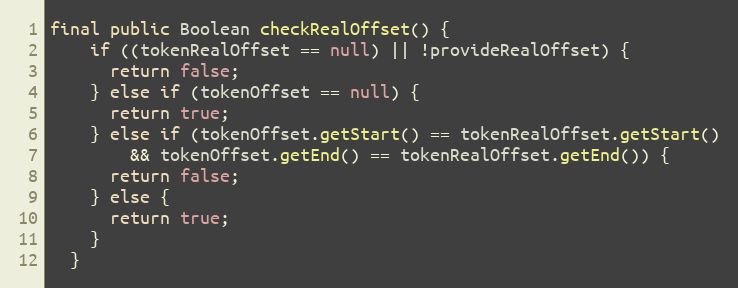
Language: Java
final public Boolean checkRealOffset() {
    if ((tokenRealOffset == null) || !provideRealOffset) {
      return false;
    } else if (tokenOffset == null) {
      return true;
    } else if (tokenOffset.getStart() == tokenRealOffset.getStart()
        && tokenOffset.getEnd() == tokenRealOffset.getEnd()) {
      return false;
    } else {
      return true;
    }
  }